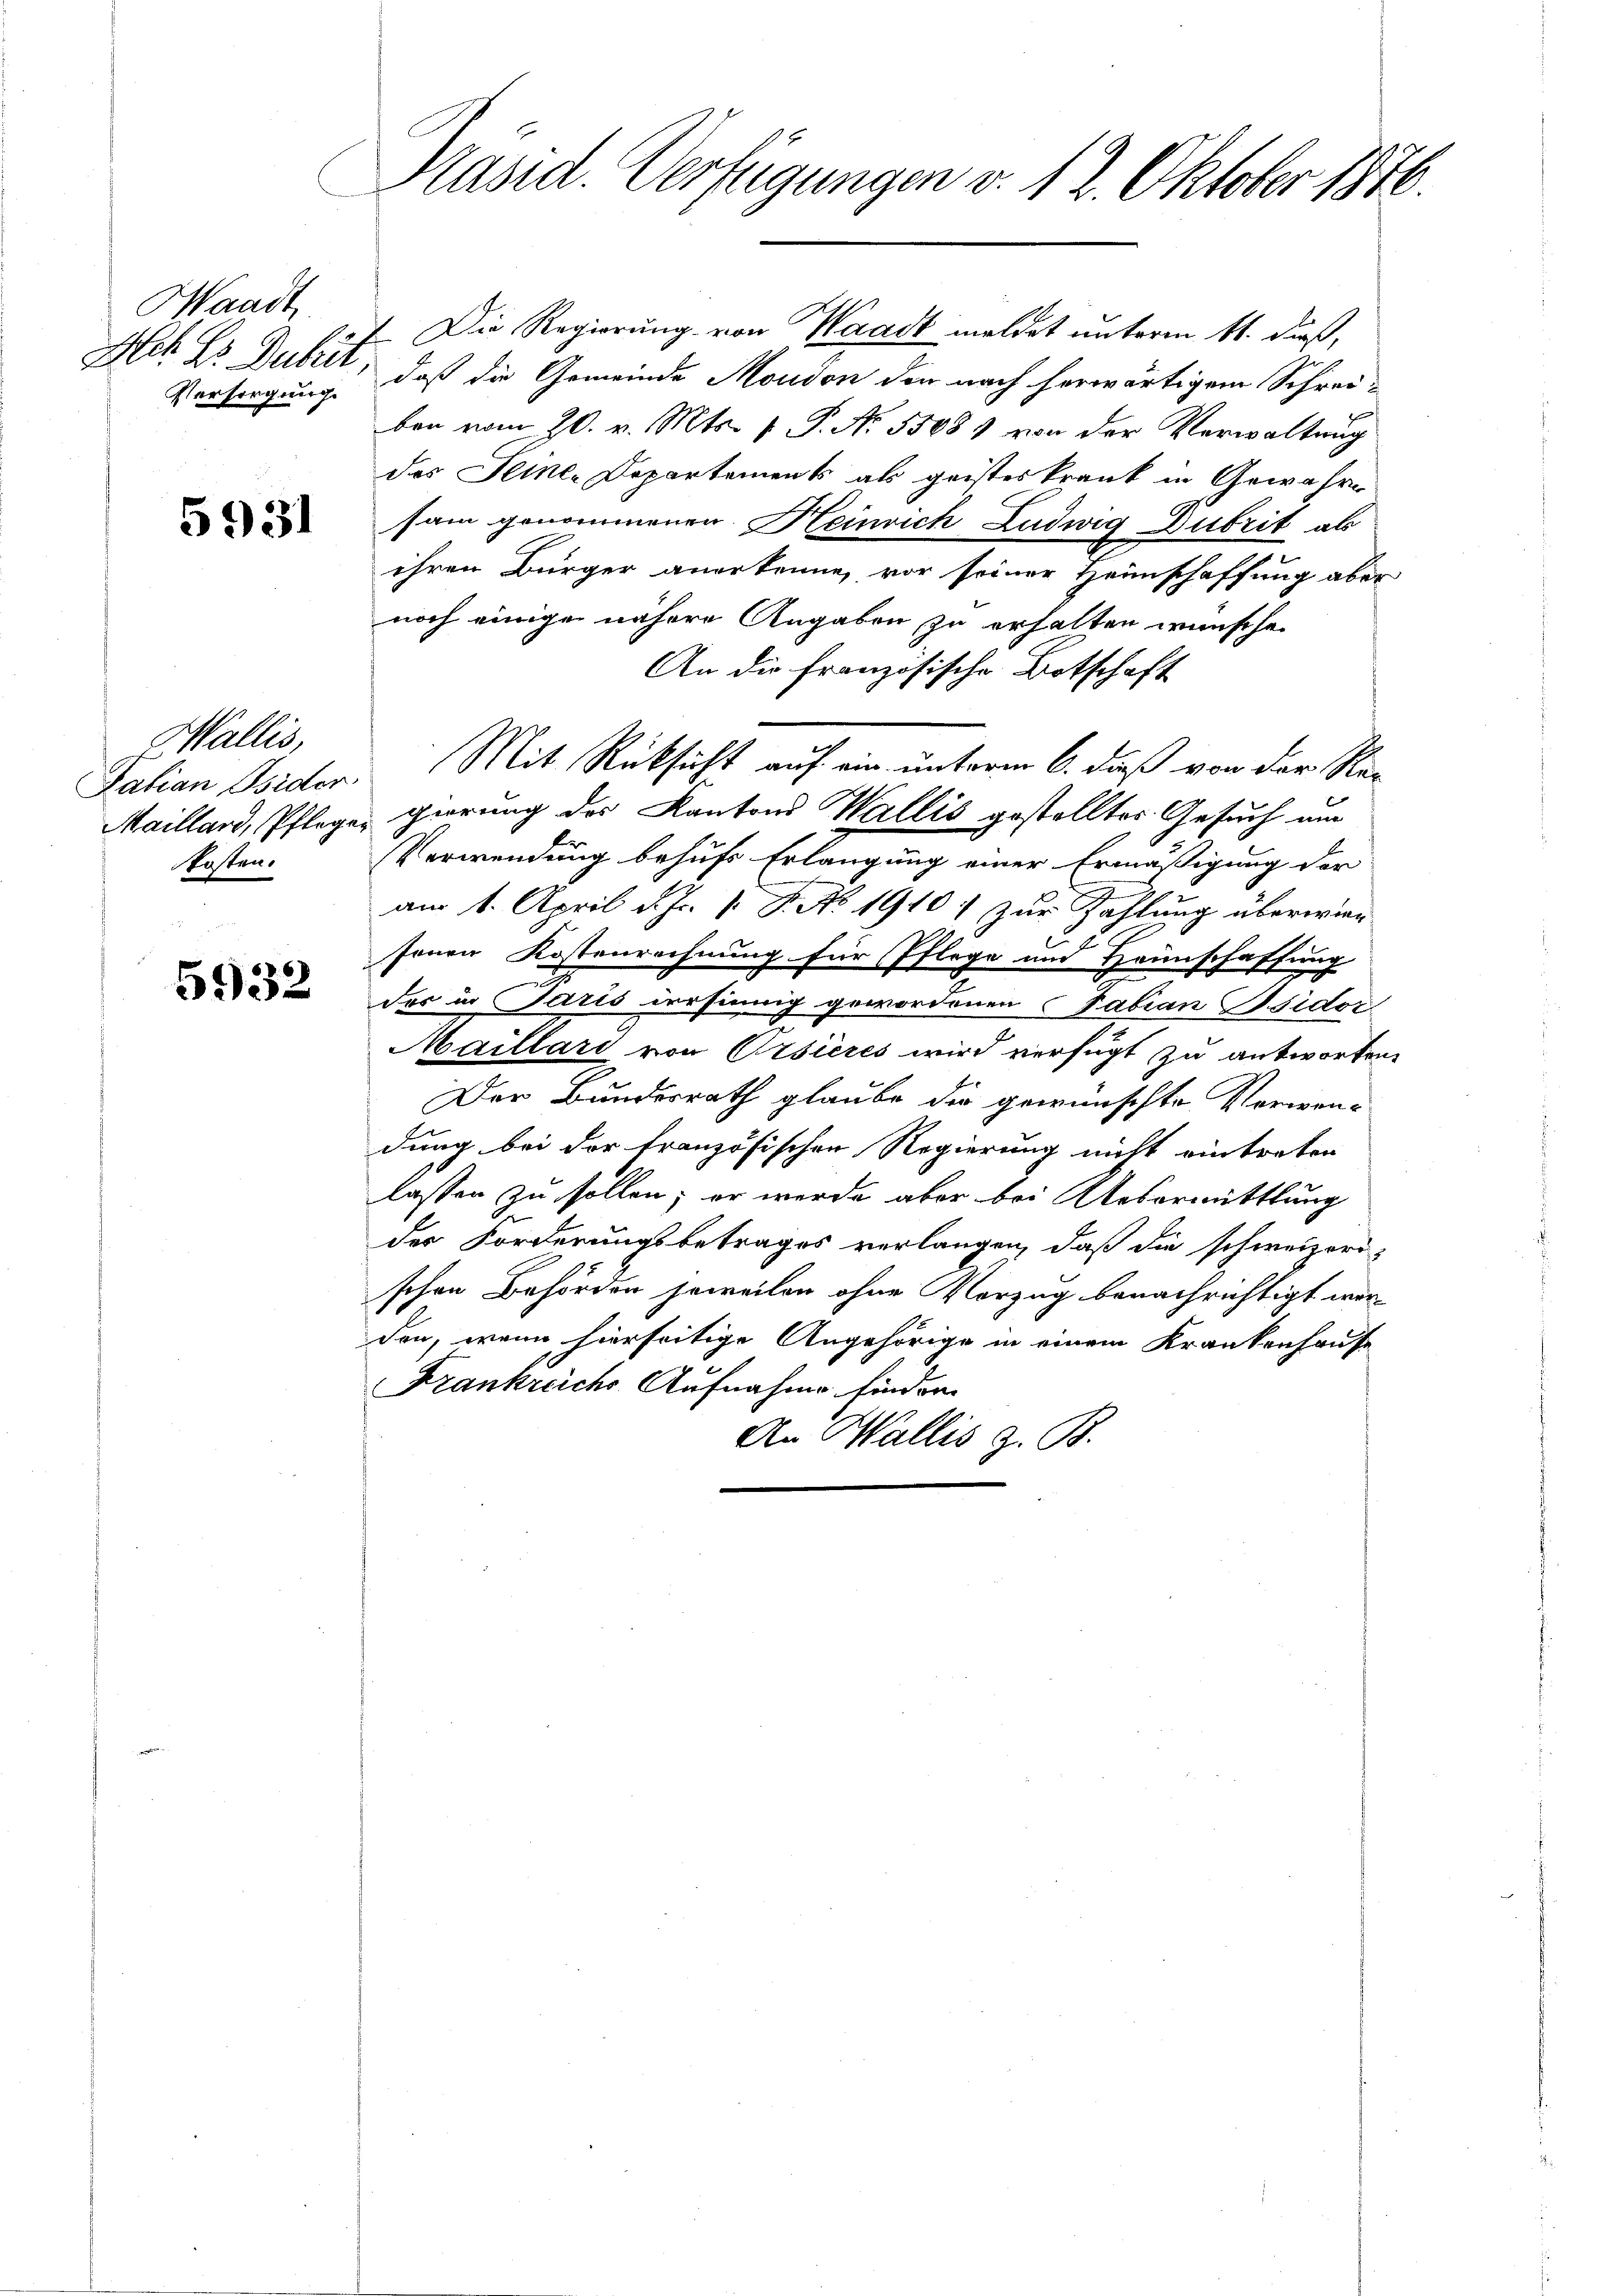
Waadt,
Versorgung.

5931

Wallis,
Satian Osider
fosten.

5932

Präsid. Verfügungen v. 12. Oktober 1870.

Die Regierung von Waadt meldet unterm 11. dieß,
Mit Sr Dubrit, daß die Gemeinde Moudon den nach herwärtigem Schreiben vom 20. v. Mts. v. P. No 55081 von der Verwaltung
das Seines Departements als geisteskrank in Gewähre
sam genommenen Heinrich Ludwig Dubrit als
ihren Bürger anerkenne, vor seiner Heimschaffung aber
noch einige nähere Angaben zu erhalten wünsche.
An die französische Botschaft
Maillard, Pflegen gerung der Kantons Wallis gestelltes Gesuch am
Verwendung behufs Erlangung einer Ermäßigung der
am 1. April d. Js. v. J. No 1910) zur Zahlung überwieg
senen Kostenrechnung für Pflege und Heimschaffung
der in Paris versinnig gewordenen Fabian Bsidor
Maillard von Orsieres wird verfügt zu antworten.
Der Bundesrath glaube die gewünschte Vorwen-
dung bei der französischen Regierung nicht eintreten
lassen zu sollen; er wurde aber bei Uebermittlung
der Forderungsbetrages verlangen, daß die schweizeri-
schen Behörden soweilen ohne Vorzug benachrichtigt werden, wenn hierseitige Angehörige in einem Krankenhause
Frankreichs Aufnahme finden.
An Wallis z. B.

Mit Rücksicht auf ein unterm 6. daß von der Re-